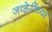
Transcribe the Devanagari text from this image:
जव्हेरींच्या